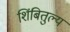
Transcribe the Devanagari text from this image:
शिंबितुल्य